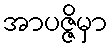
အာပဇ္ဇိမှာ